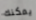
يمكنك